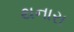
થનારા